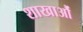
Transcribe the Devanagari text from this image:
शाखाऔं